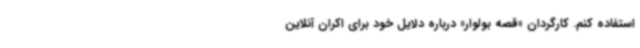
استفاده کنم. کارگردان «قصه بولوار» درباره دلایل خود برای اکران آنلاین